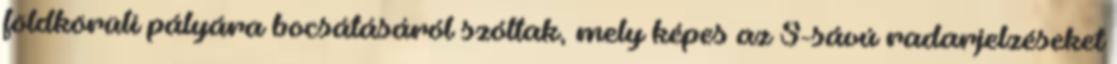
földkörüli pályára bocsátásáról szóltak, mely képes az S-sávú radarjelzéseket